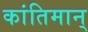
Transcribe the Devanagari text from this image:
कांतिमान्‌